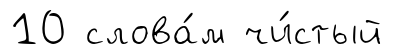
10 слова́м чи́стый